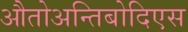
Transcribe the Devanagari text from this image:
औतोअन्तिबोदिएस